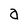
Character: a